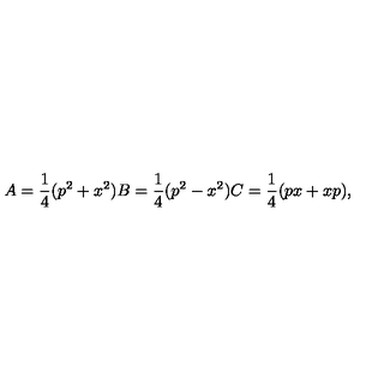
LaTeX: A = \frac { 1 } { 4 } ( p ^ { 2 } + x ^ { 2 } ) B = \frac { 1 } { 4 } ( p ^ { 2 } - x ^ { 2 } ) C = \frac { 1 } { 4 } ( p x + x p ) ,